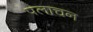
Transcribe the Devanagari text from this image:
पलाचन